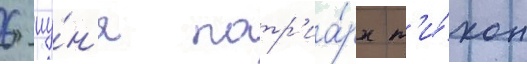
6 иу́н'я патр'иа́рх т'и́хон